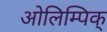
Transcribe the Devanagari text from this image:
ओलिम्पिक्